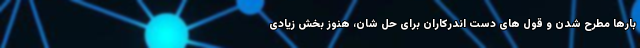
بارها مطرح شدن و قول های دست اندرکاران برای حل شان، هنوز بخش زیادی